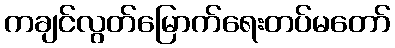
ကချင်လွတ်မြောက်ရေးတပ်မတော်